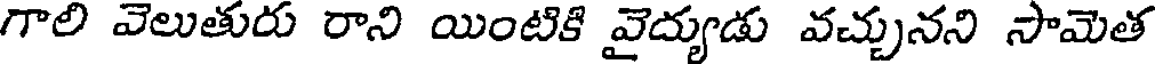
గాలి వెలుతురు రాని యింటికి వైద్యుడు వచ్చునని సామెత